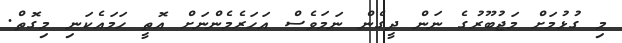
މި ގުޅުމަށް މަޖުބޫރުގެ ނަން ދީގެން ނަމަވެސް އަހަރެމެންނަށް އޮތީ ހަމައެކަނި މިގޮތް.